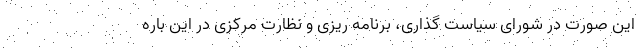
این صورت در شورای سیاست گذاری، برنامه ریزی و نظارت مرکزی در این باره